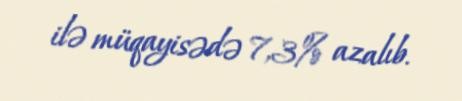
ilə müqayisədə 7,3% azalıb.